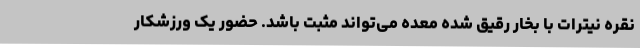
نقره نیترات با بخار رقیق شده معده می‌تواند مثبت باشد. حضور یک ورزشکار